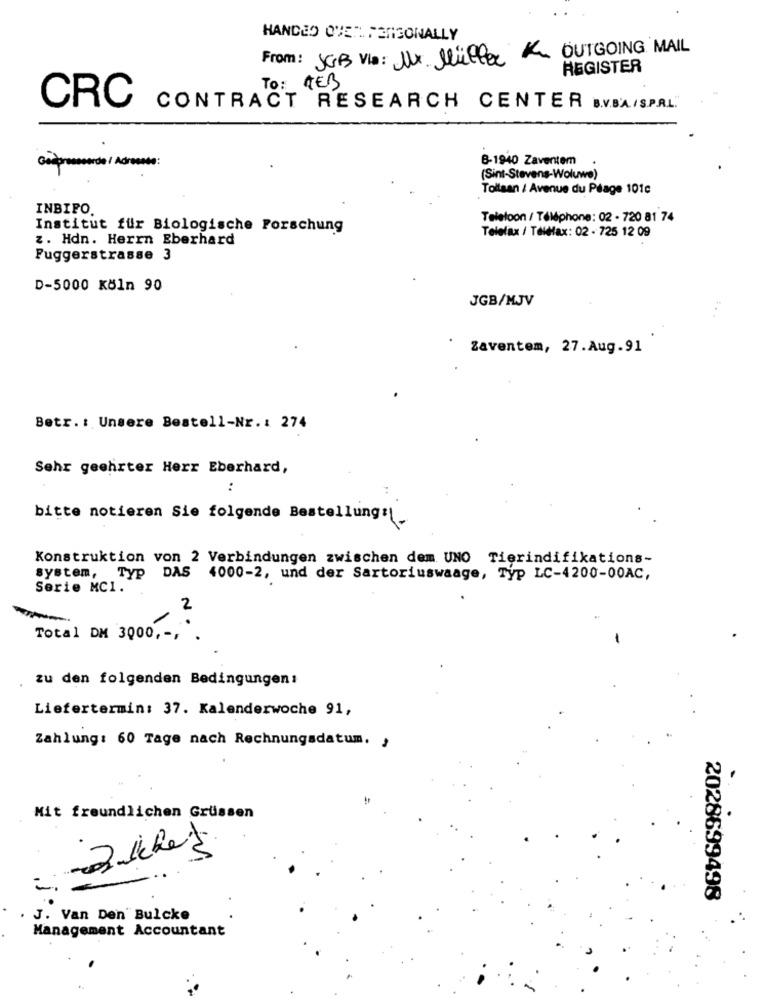
HANDED OVER PERSONALLY
From: JGB Via : Mr. Müller K OUTGOING MAIL
REGISTER
To : TEB
CRC
CONTRACT RESEARCH CENTER B.V.SA/SPAL.
B-1940 Zaventem
compressorde / Adresse :
(Sint-Stevens-Woluwe)
Tollaan / Avenue du Péage 101c
INBIFO
Telefoon / Téléphone: 02 - 720 81 74
Institut für Biologische Forschung
Telefax / Telefax: 02 - 725 12 09
z. Hdn. Herrn Eberhard
Fuggerstrasse 3
D-5000 Köln 90
JGB/MJV
Zaventem, 27.Aug.91
Betr .: Unsere Bestell-Nr .: 274
Sehr geehrter Herr Eberhard,
:
bitte notieren Sie folgende Bestellung:1.
Konstruktion von 2 Verbindungen zwischen dem UNO Tierindifikations-
system, Typ DAS 4000-2, und der Sartoriuswaage, Typ LC-4200-00AC,
Serie MCI.
2
Total DM 3000 ,-...
zu den folgenden Bedingungen:
Liefertermin: 37. Kalenderwoche 91,
Zahlung: 60 Tage nach Rechnungsdatum. ,
Mit freundlichen Grüssen
2028699498
J. Van Den" Bulcke
Management Accountant